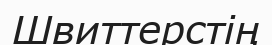
Швиттерстің